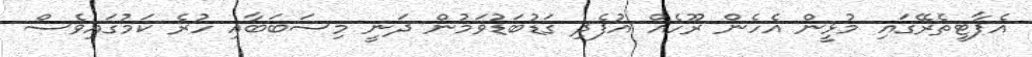
އެޕާޓީތެރޭގައި މުޅީން އެހެން ރޫހެއް އުފެދި ގަޑުބަޑުވަމުން ދަނީ މިސަބަބާއި ހުރެ ކަމުގައިވެސް